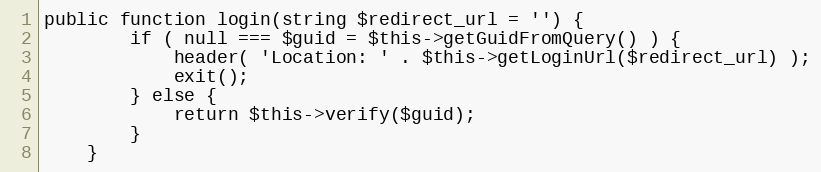
Language: PHP
public function login(string $redirect_url = '') {
        if ( null === $guid = $this->getGuidFromQuery() ) {
            header( 'Location: ' . $this->getLoginUrl($redirect_url) );
            exit();
        } else {
            return $this->verify($guid);
        }
    }